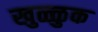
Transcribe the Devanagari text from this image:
खुळ्ळुक